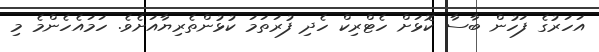
އަހަރުގެ ފަހުން ބާސާ ކޮޅަށް ހެޓްރިކް ހެދި ފުރަތަމަ ކުޅުންތެރިޔާއަށެވެ. ހަމައެހެންމެ މި